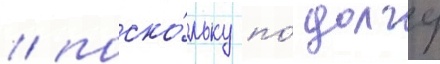
/ поско́льку по́ долгу